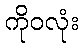
ကိုဝလုံး